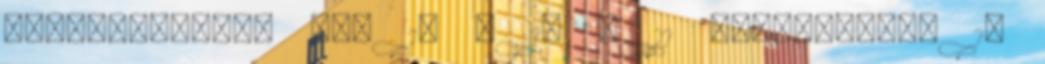
utánpótlását. NPK 14 : 17 : 11 mikroelemek 10